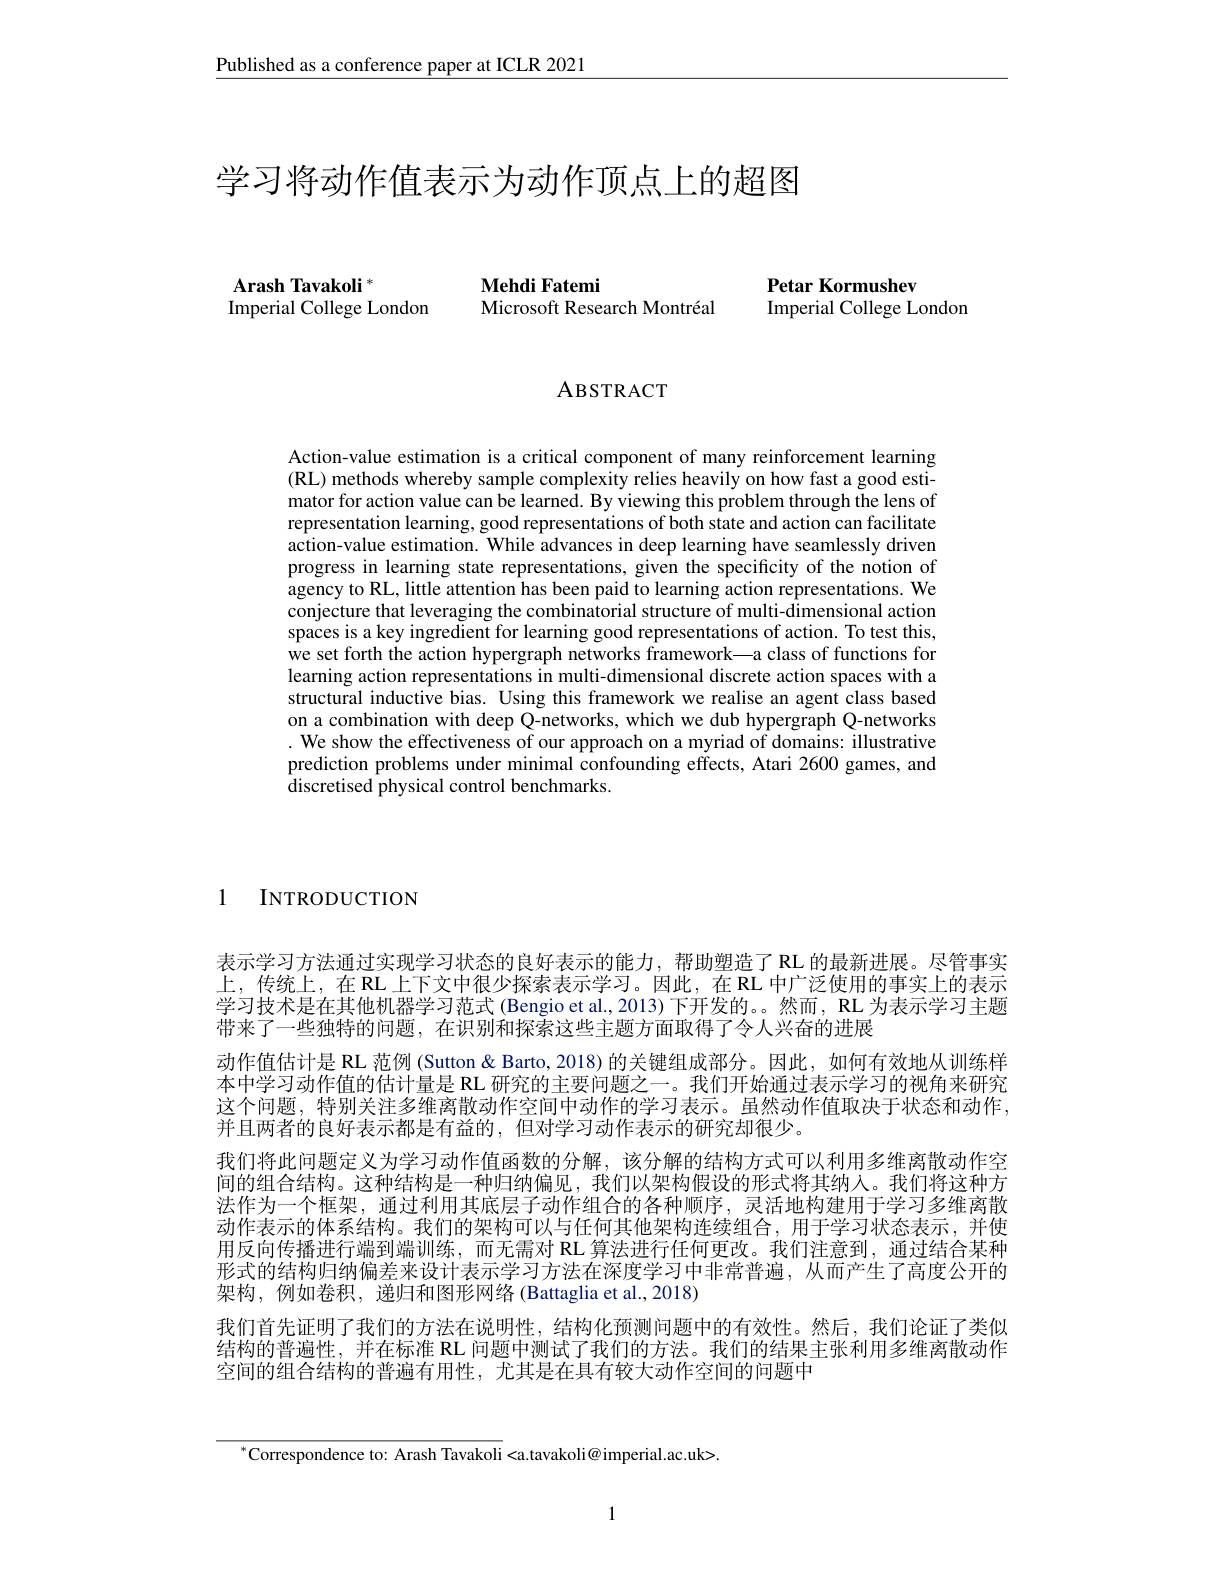
$\underline{\text{Published as a conference paper at ICLR 2021}}$

# 学习将动作值表示为动作顶点上的超图

$\mathbf{Arash}\textbf{Tavakoli}^{* }$
Imperial College London

Mehdi Fatemi
Microsoft Research Montréal

Petar Kormushev
Imperial College London

ABSTRACT

Action-value estimation is a critical component of many reinforcement learning (RL) methods whereby sample complexity relies heavily on how fast a good estimator for action value can be learned. By viewing this problem through the lens of representation learning, good representations of both state and action can facilitate action-value estimation. While advances in deep learning have seamlessly driven progress in learning state representations, given the specificity of the notion of agency to RL, little attention has been paid to learning action representations. We conjecture that leveraging the combinatorial structure of multi-dimensional action spaces is a key ingredient for learning good representations of action. To test this, we set forth the action hypergraph networks framework—a class of functions for learning action representations in multi-dimensional discrete action spaces with a structural inductive bias. Using this framework we realise an agent class based on a combination with deep Q-networks, which we dub hypergraph Q-networks . We show the effectiveness of our approach on a myriad of domains: illustrative prediction problems under minimal confounding effects, Atari 2600 games, and discretised physical control benchmarks.

1

INTRODUCTION

表示学习方法通过实现学习状态的良好表示的能力，帮助塑造了RL 的最新进展。尽管事实上，传统上，在 RL 上下文中很少探索表示学习。因此，在 RL 中广泛使用的事实上的表示学习技术是在其他机器学习范式 (Bengio et al., 2013) 下开发的。。然而，RL 为表示学习主题带来了一些独特的问题，在识别和探索这些主题方面取得了令人兴奋的进展
动作值估计是 RL 范例 (Sutton & Barto, 2018) 的关键组成部分。因此，如何有效地从训练样本中学习动作值的估计量是 RL 研究的主要问题之一。我们开始通过表示学习的视角来研究这个问题，特别关注多维离散动作空间中动作的学习表示。虽然动作值取决于状态和动作， 并且两者的良好表示都是有益的，但对学习动作表示的研究却很少。
我们将此问题定义为学习动作值函数的分解，该分解的结构方式可以利用多维离散动作空间的组合结构。这种结构是一种归纳偏见，我们以架构假设的形式将其纳人。我们将这种方法作为一个框架，通过利用其底层子动作组合的各种顺序，灵活地构建用于学习多维离散动作表示的体系结构。我们的架构可以与任何其他架构连续组合，用于学习状态表示，并使用反向传播进行端到端训练，而无需对 RL 算法进行任何更改。我们注意到，通过结合某种形式的结构归纳偏差来设计表示学习方法在深度学习中非常普遍，从而产生了高度公开的架构，例如卷积，递归和图形网络(Battaglia et al.,2018)
我们首先证明了我们的方法在说明性，结构化预测问题中的有效性。然后，我们论证了类似结构的普遍性，并在标准 RL 问题中测试了我们的方法。我们的结果主张利用多维离散动作空间的组合结构的普遍有用性，尤其是在具有较大动作空间的问题中

$^{*}$Correspondence to: Arash Tavakoli<a.tavakoli@imperial.ac.uk>.

1